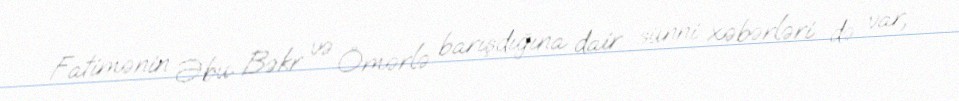
Fatimənin Əbu Bəkr və Ömərlə barışdığına dair sünni xəbərləri də var,